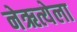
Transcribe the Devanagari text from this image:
नेऋत्येला